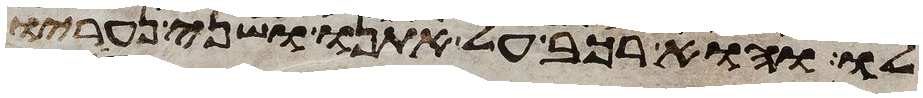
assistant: לו והוא רכב על אתנו ושני נעריו